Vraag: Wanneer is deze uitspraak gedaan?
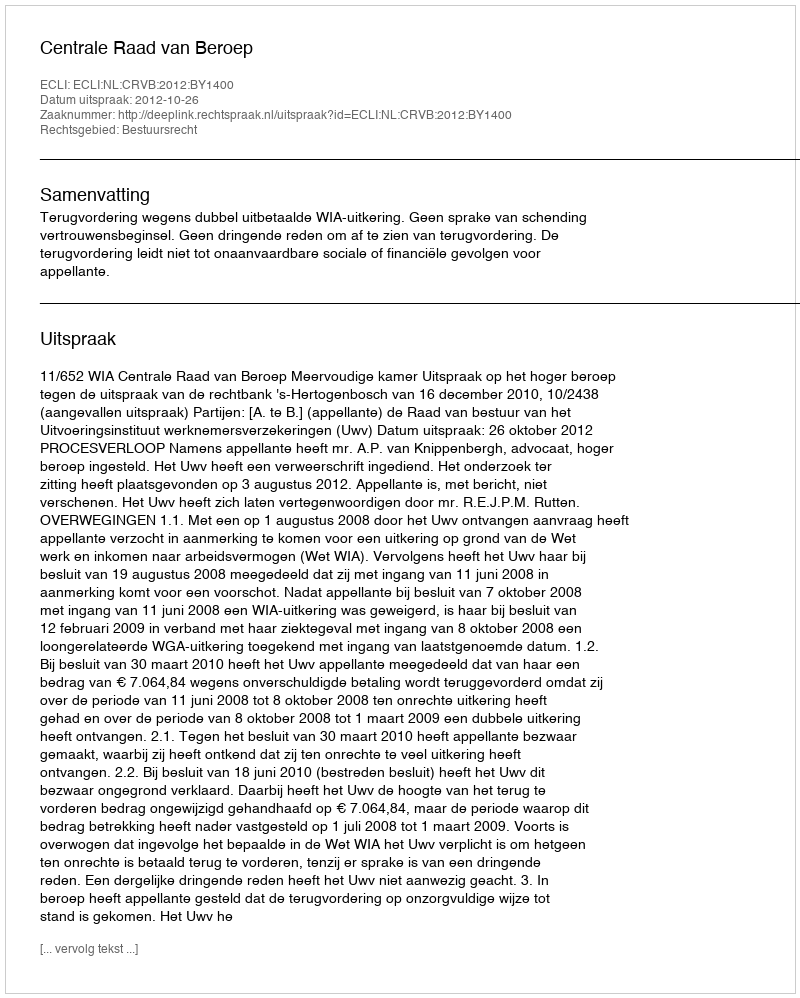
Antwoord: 2012-10-26